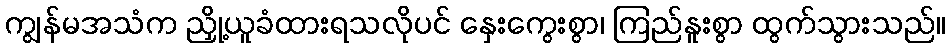
ကျွန်မအသံက ညှို့ယူခံထားရသလိုပင် နှေးကွေးစွာ၊ ကြည်နူးစွာ ထွက်သွားသည်။